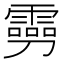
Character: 𠠢